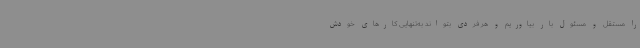
را مستقل و مسئول بار بیاوریم و هر فردی بتواند به‌تنهایی کارهای خودش